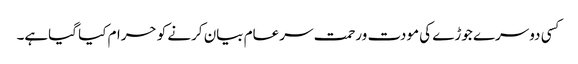
کسی دوسرے جوڑے کی مودت ورحمت سرعام بیان کرنے کو حرام کیا گیاہے۔